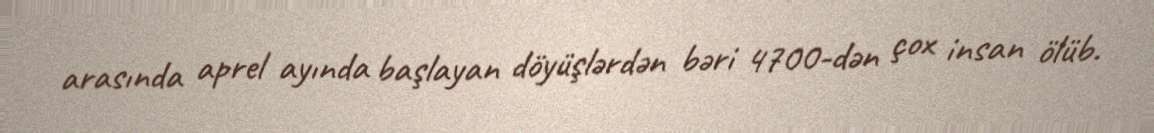
arasında aprel ayında başlayan döyüşlərdən bəri 4700-dən çox insan ölüb.